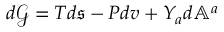
d \mathcal { G } = T d \mathfrak { s } - P d v + Y _ { a } d \mathbb { A } ^ { a }